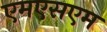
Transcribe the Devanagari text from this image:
एमएसएम